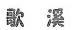
歌溪